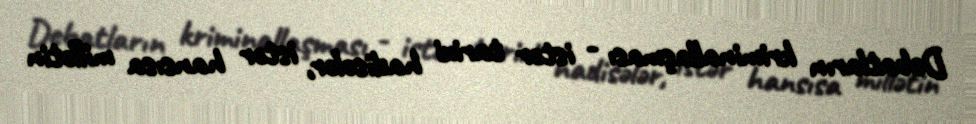
Debatların kriminallaşması - istər tarixi hadisələr, istər hansısa millətin